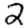
Digit: 2